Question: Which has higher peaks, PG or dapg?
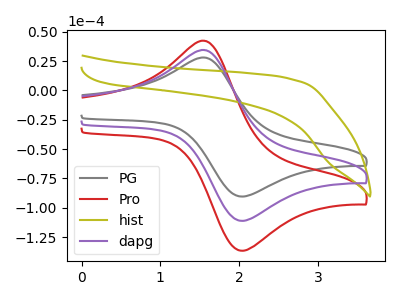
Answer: <think>The gray curve "PG" has an anodic peak at (1.60V, 27.55uA) and a cathodic peak at (2.05V, -90.30uA). The red curve "Pro" has an anodic peak at (1.60V, 67.75uA) and a cathodic peak at (2.05V, -221.95uA). The olive curve "hist" has no peaks. The purple curve "dapg" has an anodic peak at (1.60V, 33.90uA) and a cathodic peak at (2.05V, -111.00uA).</think>
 <answer>Every peak in "PG" is lower than every peak in "dapg".</answer>
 <eval>lower</eval>